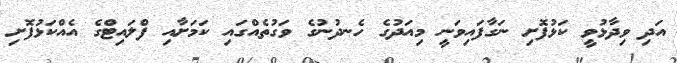
އަދި ވިދާޅުވީ ކަޅުފޮށި ނަގާފައިވަނީ މިއަދުގެ ހެނދުނުގެ ވަގުތެއްގައި ކަމަށާއި ފްލައިޓްގެ އެއްކަޅުފޮށި